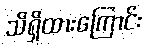
သိရှိထားကြောင်း